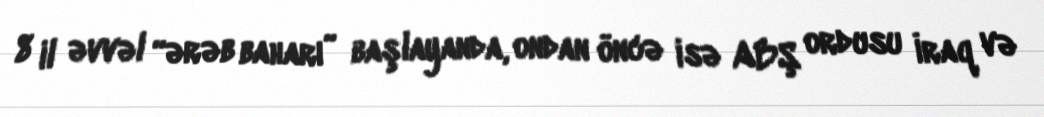
8 il əvvəl “ərəb baharı” başlayanda, ondan öncə isə ABŞ ordusu İraq və